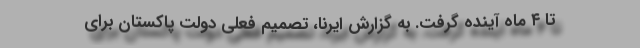
تا ۴ ماه آینده گرفت. به گزارش ایرنا، تصمیم فعلی دولت پاکستان برای